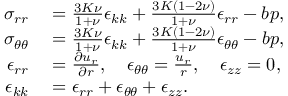
\begin{array} { r l } { \sigma _ { r r } } & { { } = \frac { 3 K \nu } { 1 + \nu } \epsilon _ { k k } + \frac { 3 K ( 1 - 2 \nu ) } { 1 + \nu } \epsilon _ { r r } - b p , } \\ { \sigma _ { \theta \theta } } & { { } = \frac { 3 K \nu } { 1 + \nu } \epsilon _ { k k } + \frac { 3 K ( 1 - 2 \nu ) } { 1 + \nu } \epsilon _ { \theta \theta } - b p , } \\ { \epsilon _ { r r } } & { { } = \frac { \partial u _ { r } } { \partial r } , \quad \epsilon _ { \theta \theta } = \frac { u _ { r } } { r } , \quad \epsilon _ { z z } = 0 , } \\ { \epsilon _ { k k } } & { { } = \epsilon _ { r r } + \epsilon _ { \theta \theta } + \epsilon _ { z z } . } \end{array}